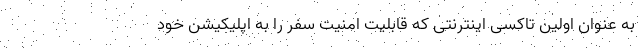
به عنوان اولین تاکسی اینترنتی که قابلیت امنیت سفر را به اپلیکیشن خود